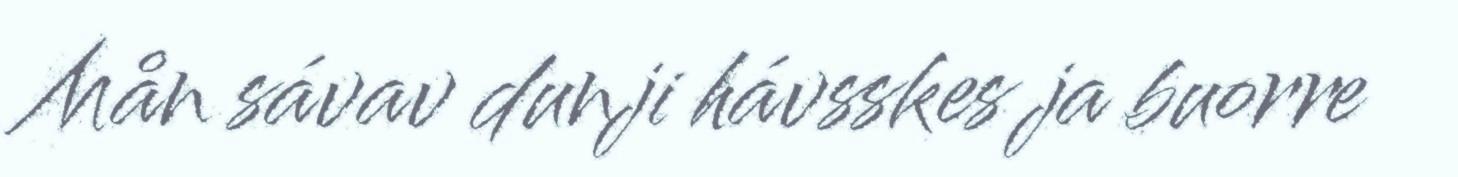
Mån sávav dunji hávsskes ja buorre